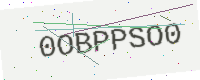
Text: 0OBPPSO0